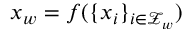
x _ { w } = f ( \{ x _ { i } \} _ { i \in \mathcal { Z } _ { w } } )